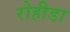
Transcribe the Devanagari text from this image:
रोहीडा